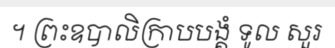
។ ព្រះឧបាលិក្រាបបង្គំ ទូល សួរ